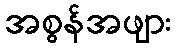
အစွန်အဖျား